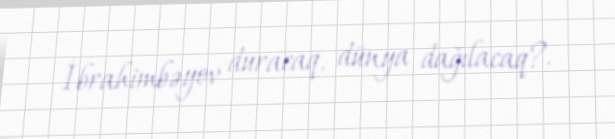
İbrahimbəyov duracaq, dünya dağılacaq?.